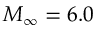
M _ { \infty } = 6 . 0